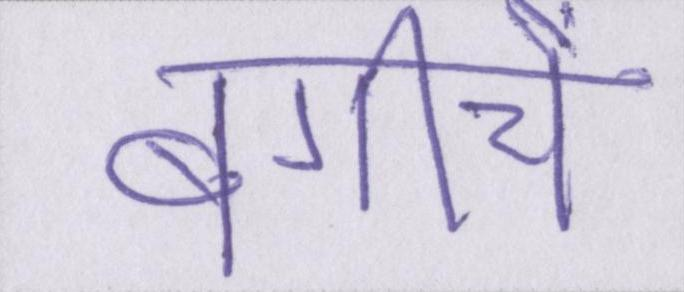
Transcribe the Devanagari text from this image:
बगीचे